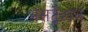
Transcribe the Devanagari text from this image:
असटेशन